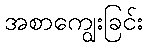
အစာကျွေးခြင်း